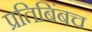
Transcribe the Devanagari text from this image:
प्रतिबिंबच